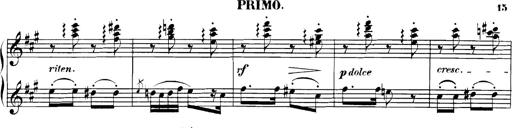
Title: Spinnerlied aus dem Fliegenden HollÃ¤nder
Composer: Franz Liszt